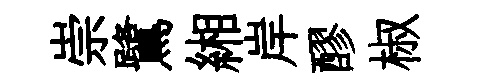
崇鷺緗岸醪椒